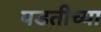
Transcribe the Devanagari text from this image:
पडतीच्या